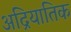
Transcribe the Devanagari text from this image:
अद्रियातिक